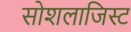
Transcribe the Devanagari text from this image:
सोशलाजिस्ट